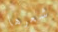
شعرها